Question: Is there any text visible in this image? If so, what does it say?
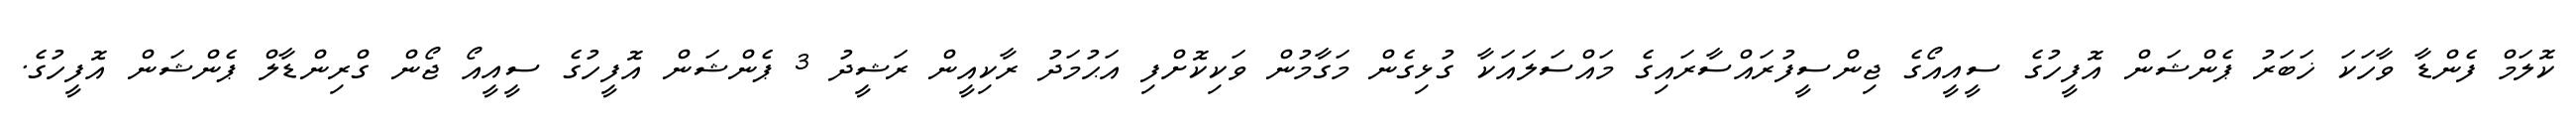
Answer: ކޮލަމް ފެންޑާ ވާހަކަ ޚަބަރު ޕެންޝަން އޮފީހުގެ ސީއީއޯގެ ޖިންސީފުރައްސާރައިގެ މައްސަލައަކާ ގުޅިގެން މަގާމުން ވަކިކޮށްފި އަޙުމަދު ރާކިއީން ރަޝީދު 3 ޕެންޝަން އޮފީހުގެ ސީއީއޯ ޖޯން ގްރިންޑާލް ޕެންޝަން އޮފީހުގެ.